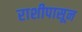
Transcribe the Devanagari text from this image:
राशीपासून